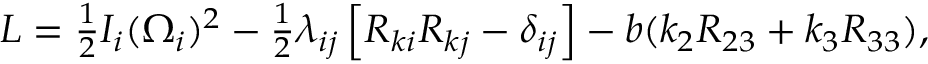
\begin{array} { r } { L = \frac 1 2 I _ { i } ( \Omega _ { i } ) ^ { 2 } - \frac 1 2 \lambda _ { i j } \left[ R _ { k i } R _ { k j } - \delta _ { i j } \right] - b ( k _ { 2 } R _ { 2 3 } + k _ { 3 } R _ { 3 3 } ) , } \end{array}